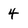
Character: 4